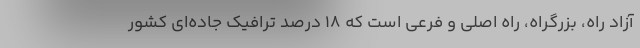
آزاد راه، بزرگراه، راه اصلی و فرعی است که ۱۸ درصد ترافیک جاده‌ای کشور